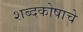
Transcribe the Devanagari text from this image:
शब्दकोषाचे